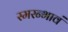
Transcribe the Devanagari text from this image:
स्मरन्भावं